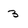
Character: 3